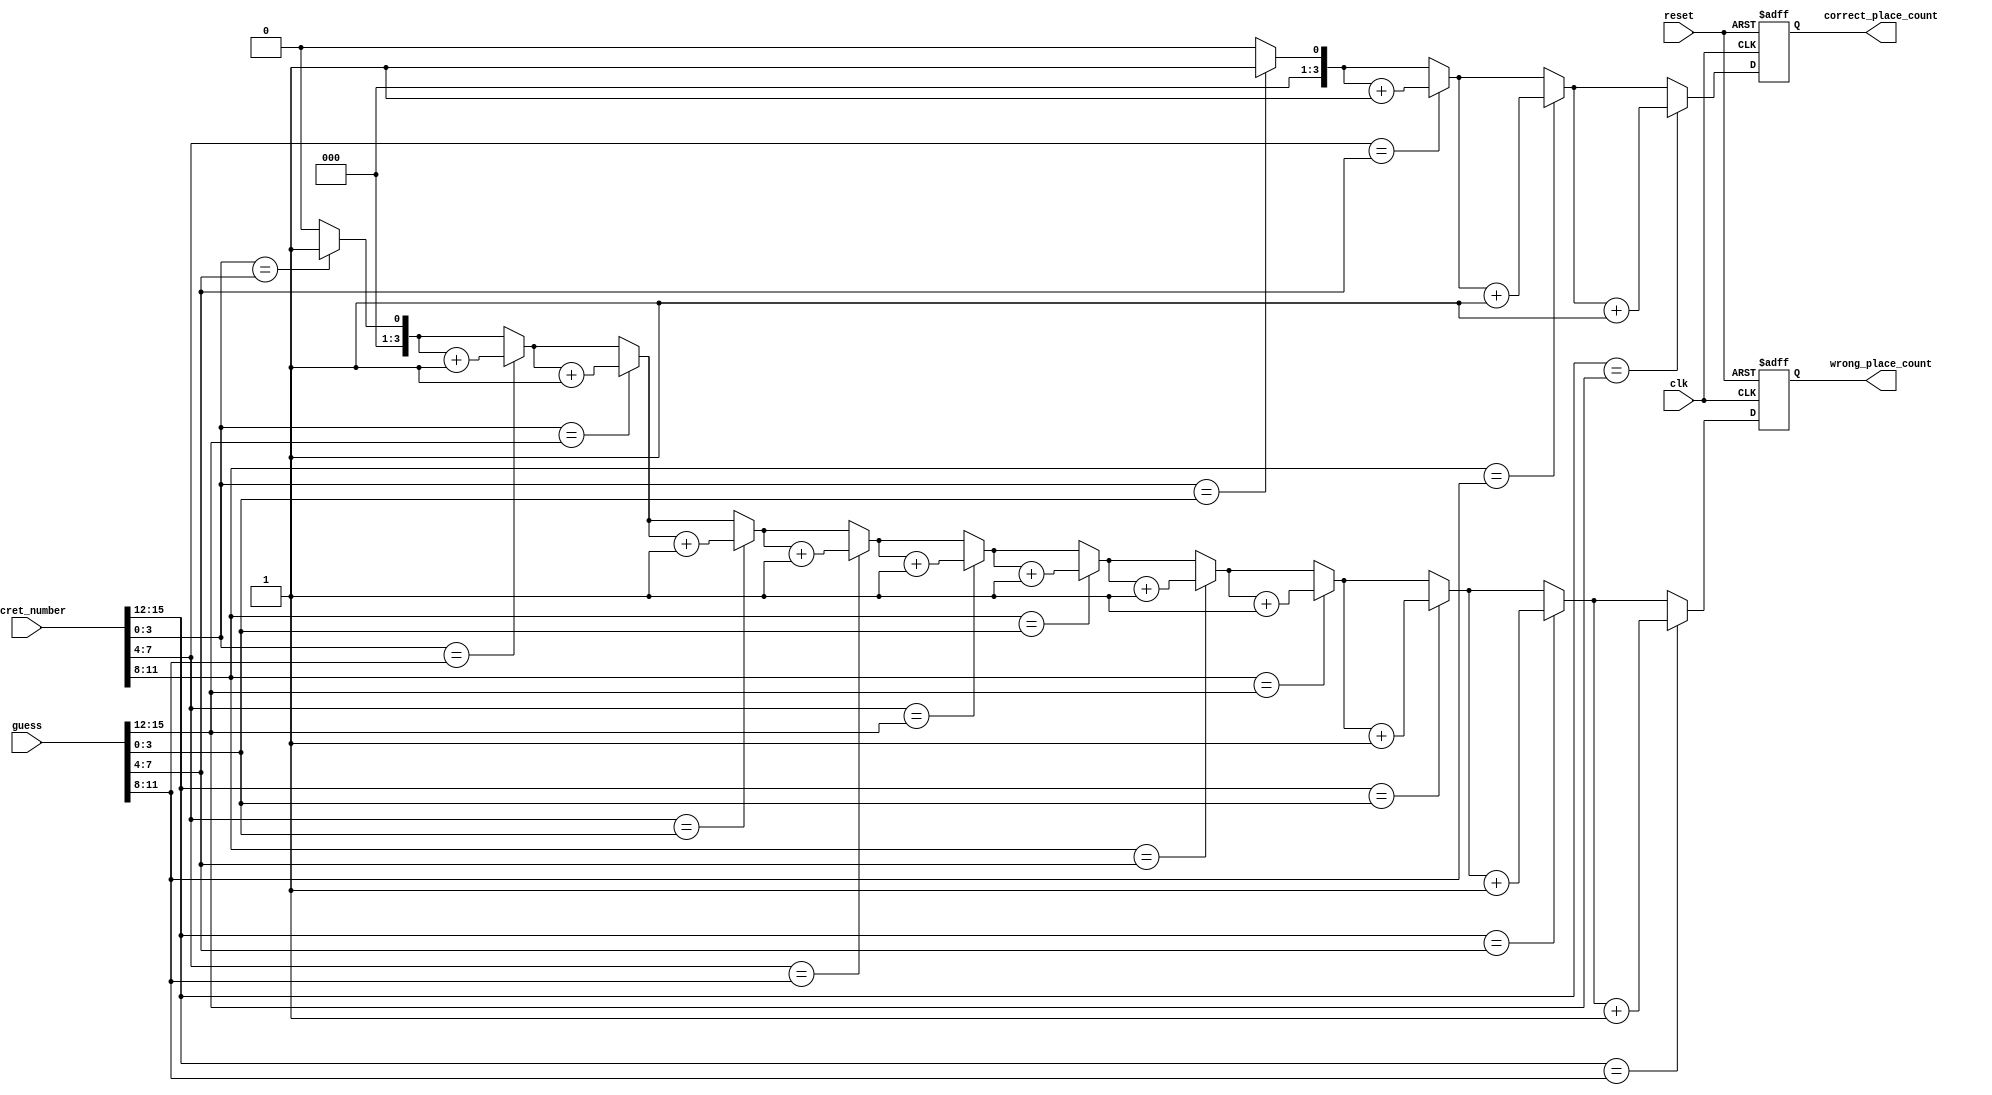
`timescale 1ns / 1ps
//////////////////////////////////////////////////////////////////////////////////
// Company: 
// Engineer: 
// 
// Design Name: 
// Module Name: guess_checker
// Project Name: 
// Target Devices: 
// Tool Versions: 
// Description: 
// 
// Dependencies: 
// 
// Revision:
// Revision 0.01 - File Created
// Additional Comments:
// 
//////////////////////////////////////////////////////////////////////////////////

module guess_checker (
  input wire clk,
  input wire reset,
  input wire [15:0] secret_number,
  input wire [15:0] guess,
  output reg [3:0] wrong_place_count,
  output reg [3:0] correct_place_count
);
      reg [3:0] local_correct_place_count;
      reg [3:0] local_wrong_place_count;
      reg [3:0] i, j;
  always @(posedge clk or posedge reset) begin
    if (reset) begin
      wrong_place_count <= 4'b0000;
      correct_place_count <= 4'b0000;
    end else begin

      local_correct_place_count = 4'b0000;
      local_wrong_place_count = 4'b0000;

      for (i = 0; i < 4; i = i + 1) begin
        if (secret_number[i*4 +: 4] == guess[i*4 +: 4]) begin
          local_correct_place_count = local_correct_place_count + 1;
        end
      end

      for (i = 0; i < 4; i = i + 1) begin
        for (j = 0; j < 4; j = j + 1) begin
          if (i != j && secret_number[i*4 +: 4] == guess[j*4 +: 4]) begin
            local_wrong_place_count = local_wrong_place_count + 1;
          end
        end
      end

      wrong_place_count <= local_wrong_place_count;
      correct_place_count <= local_correct_place_count;
    end
  end

endmodule